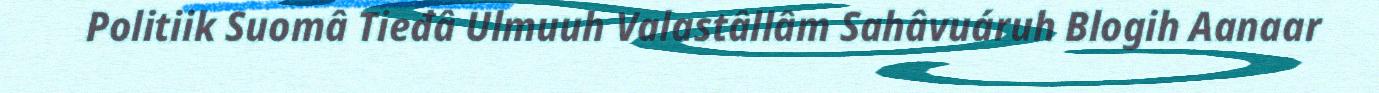
Politiik Suomâ Tieđâ Ulmuuh Valastâllâm Sahâvuáruh Blogih Aanaar